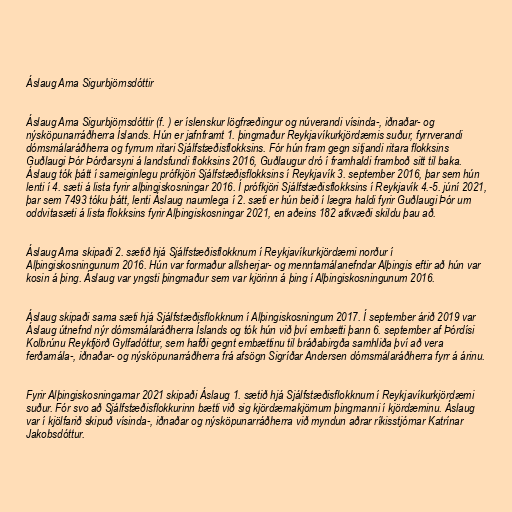
Áslaug Arna Sigurbjörnsdóttir

Áslaug Arna Sigurbjörnsdóttir (f. ) er íslenskur lögfræðingur og núverandi vísinda-, iðnaðar- og
nýsköpunarráðherra Íslands. Hún er jafnframt 1. þingmaður Reykjavíkurkjördæmis suður, fyrrverandi
dómsmálaráðherra og fyrrum ritari Sjálfstæðisflokksins. Fór hún fram gegn sitjandi ritara flokksins
Guðlaugi Þór Þórðarsyni á landsfundi flokksins 2016, Guðlaugur dró í framhaldi framboð sitt til baka.
Áslaug tók þátt í sameiginlegu prófkjöri Sjálfstæðisflokksins í Reykjavík 3. september 2016, þar sem hún
lenti í 4. sæti á lista fyrir alþingiskosningar 2016. Í prófkjöri Sjálfstæðisflokksins í Reykjavík 4.-5. júní 2021,
þar sem 7493 tóku þátt, lenti Áslaug naumlega í 2. sæti er hún beið í lægra haldi fyrir Guðlaugi Þór um
oddvitasæti á lista flokksins fyrir Alþingiskosningar 2021, en aðeins 182 atkvæði skildu þau að.

Áslaug Arna skipaði 2. sætið hjá Sjálfstæðisflokknum í Reykjavíkurkjördæmi norður í
Alþingiskosningunum 2016. Hún var formaður allsherjar- og menntamálanefndar Alþingis eftir að hún var
kosin á þing. Áslaug var yngsti þingmaður sem var kjörinn á þing í Alþingiskosningunum 2016.

Áslaug skipaði sama sæti hjá Sjálfstæðisflokknum í Alþingiskosningum 2017. Í september árið 2019 var
Áslaug útnefnd nýr dómsmálaráðherra Íslands og tók hún við því embætti þann 6. september af Þórdísi
Kolbrúnu Reykfjörð Gylfadóttur, sem hafði gegnt embættinu til bráðabirgða samhliða því að vera
ferðamála-, iðnaðar- og nýsköpunarráðherra frá afsögn Sigríðar Andersen dómsmálaráðherra fyrr á árinu.

Fyrir Alþingiskosningarnar 2021 skipaði Áslaug 1. sætið hjá Sjálfstæðisflokknum í Reykjavíkurkjördæmi
suður. Fór svo að Sjálfstæðisflokkurinn bætti við sig kjördæmakjörnum þingmanni í kjördæminu. Áslaug
var í kjölfarið skipuð vísinda-, iðnaðar og nýsköpunarráðherra við myndun aðrar ríkisstjórnar Katrínar
Jakobsdóttur.